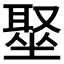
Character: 𫮣